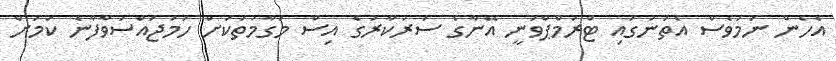
އެހެން ނަމަވެސް އެތަނުގައި ޓްރަމްޕްވަނީ އޭނާގެ ސަރުކާރުގެ އިސް މަގާމުތަކަށް ހަމަޖައްސަވާފާނެ ކަމަށް